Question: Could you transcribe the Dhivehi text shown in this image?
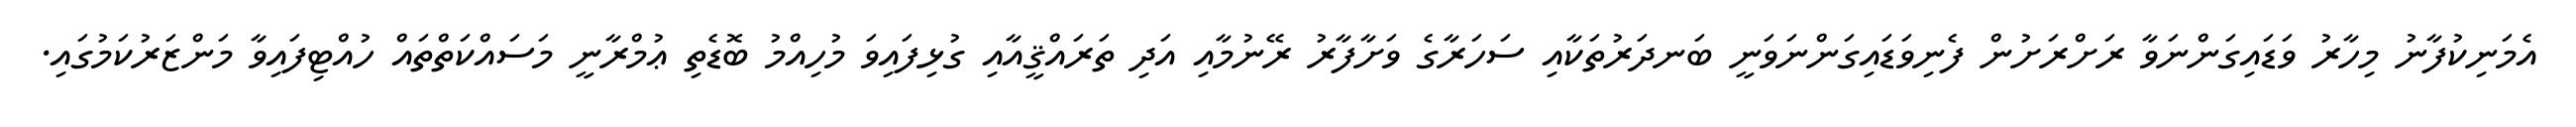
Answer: އެމަނިކުފާނު މިހާރު ވަޑައިގަންނަވާ ރަށްރަށުން ފެނިވަޑައިގަންނަވަނީ ބަނދަރުތަކާއި ސަހަރާގެ ވަށާފާރު ރޭނުމާއި އަދި ތަރައްޤީއާއި ގުޅިފައިވަ މުހިއްމު ބޮޑެތި ޢުމްރާނީ މަސައްކަތްތައް ހުއްޓިފައިވާ މަންޒަރުކަމުގައި.